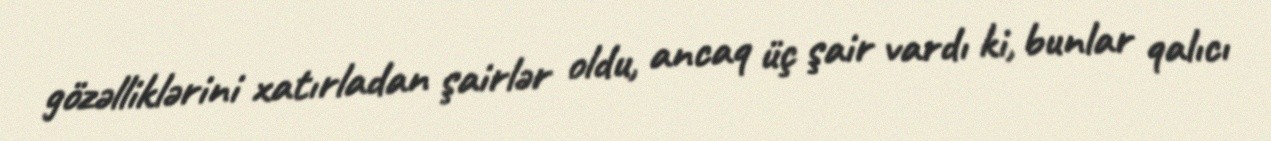
gözəlliklərini xatırladan şairlər oldu, ancaq üç şair vardı ki, bunlar qalıcı